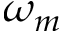
\omega _ { m }